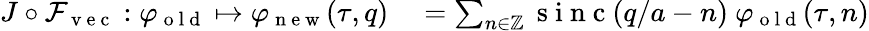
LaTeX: \begin{array}{rl}{J\circ\mathcal{F}_{\mathrm{~v~e~c~}}:\varphi_{\mathrm{~o~l~d~}}\mapsto\varphi_{\mathrm{~n~e~w~}}(\tau,q)}&{{}=\sum_{n\in\mathbb{Z}}\mathrm{~s~i~n~c~}(q/a-n)\ \varphi_{\mathrm{~o~l~d~}}(\tau,n)}\end{array}